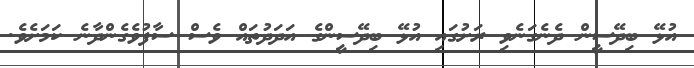
އުޅޭ ބިދޭސީން ދެނެގަނެވި ރަށުގައި އުޅޭ ބިދޭސީންގެ އަދަދުތައް ވެސް ސާފުވެގެންދާނެ ކަމަށެވެ.